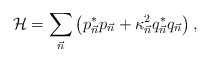
\begin{align*}{\cal H} = \sum_{\vec n}\left( p^*_{\vec n} p_{\vec n} + \kappa^2_{\vec n}q^*_{\vec n} q_{\vec n} \right),\end{align*}